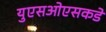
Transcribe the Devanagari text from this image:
युएसओएसकडे